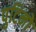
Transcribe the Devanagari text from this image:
पुटिनो